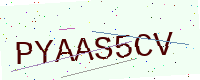
Text: PYAAS5CV